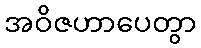
အဝိဇဟာပေတွာ